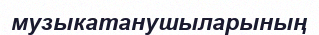
музыкатанушыларының